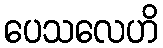
ပေသလေဟိ